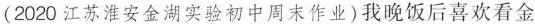
(2020江苏淮安金湖实验初中周末作业)我晚饭后喜欢看金